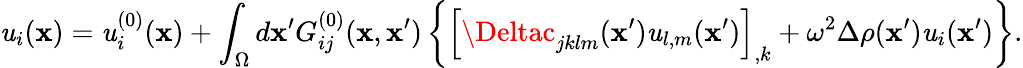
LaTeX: \mathit{u}_{i}({\mathbf{x}})=\mathit{u}_{i}^{(0)}({\mathbf{x}})+\int_{\Omega}d{\mathbf{x}}^{\prime}G_{ij}^{(0)}({\mathbf{x}},{\mathbf{x}}^{\prime})\left\{ \left[\Deltac_{jklm}({\mathbf{x}}^{\prime})\mathit{u}_{l,m}({\mathbf{x}}^{\prime})\right]_{,k}+\omega^{2}\Delta\rho({\mathbf{x}}^{\prime})\mathit{u}_{i}({\mathbf{x}}^{\prime})\right\} .